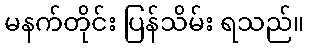
မနက်တိုင်း ပြန်သိမ်း ရသည်။